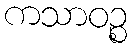
ကသာဝဉ္စ